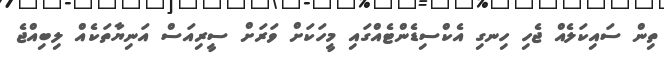
ތިން ސައިކަލެއް ޖެހި ހިނގި އެކްސިޑެންޓެއްގައި މީހަކަށް ވަރަށް ސީރިއަސް އަނިޔާތަކެއް ލިބިއްޖެ